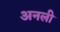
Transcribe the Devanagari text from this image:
अनली